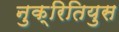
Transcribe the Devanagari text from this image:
नुक्रितियुस